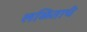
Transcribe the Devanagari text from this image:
लळिताचे